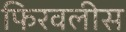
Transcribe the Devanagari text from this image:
फिरवलीस